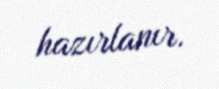
hazırlanır.